38_143685_box_Incident_Summaries_101-172
Agency: Department of War
Page 153
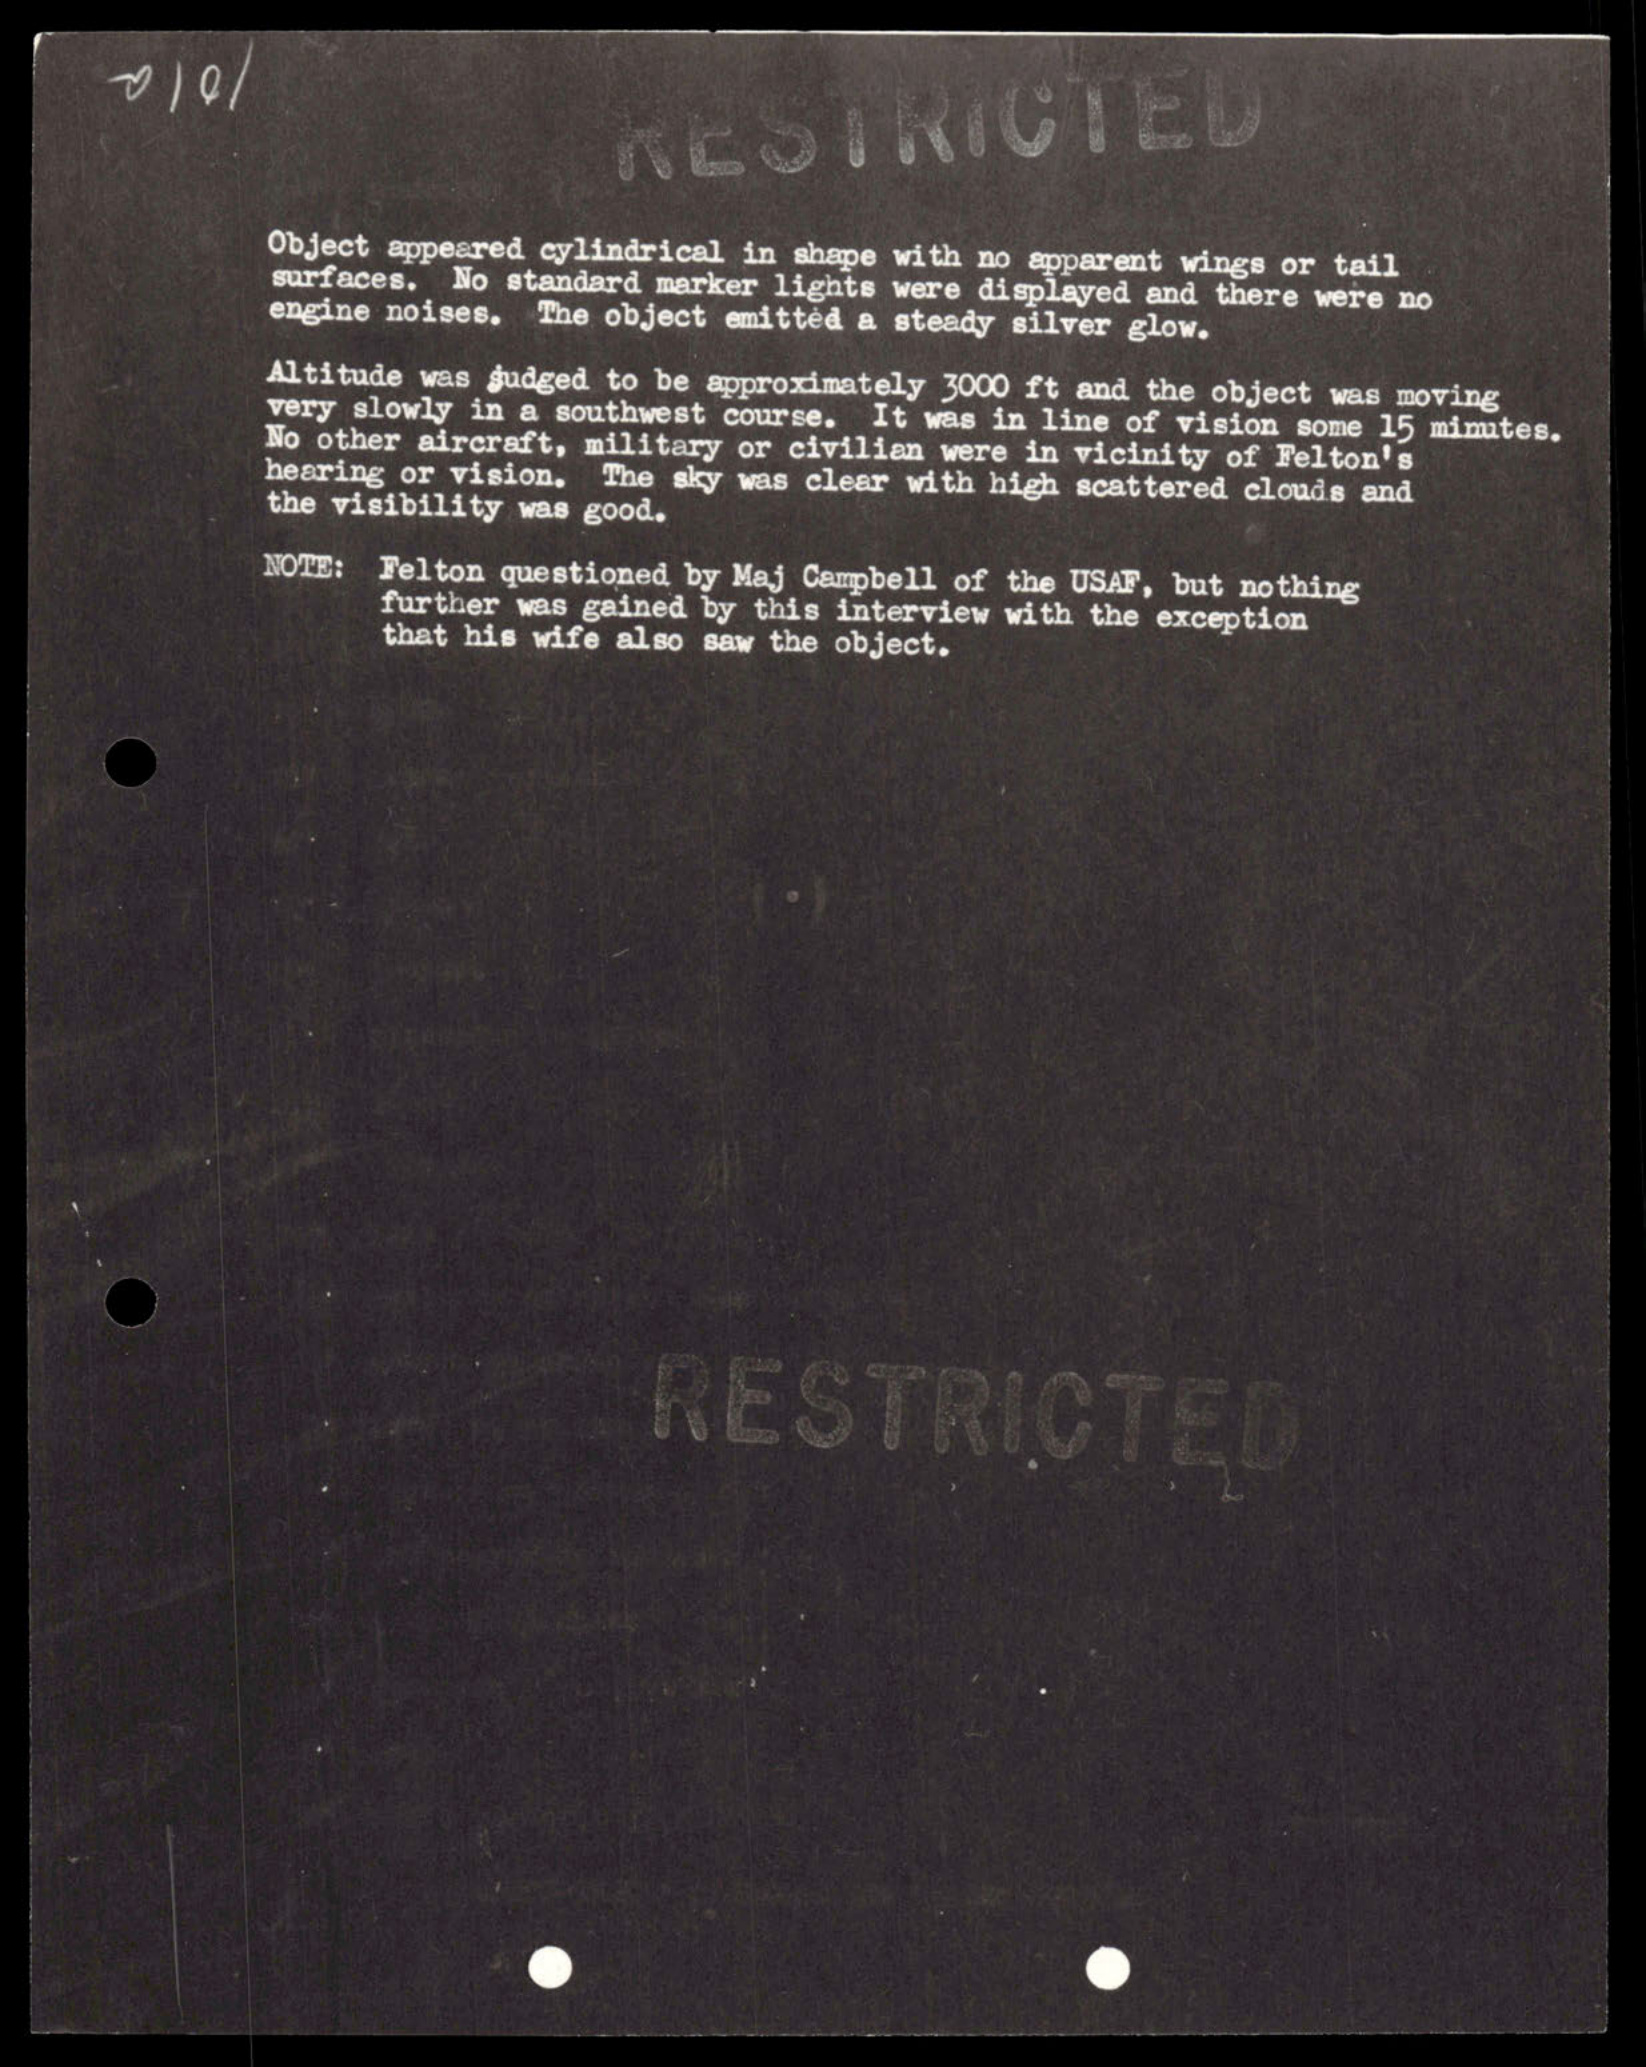